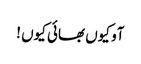
آو کیوں بھائی کیوں !